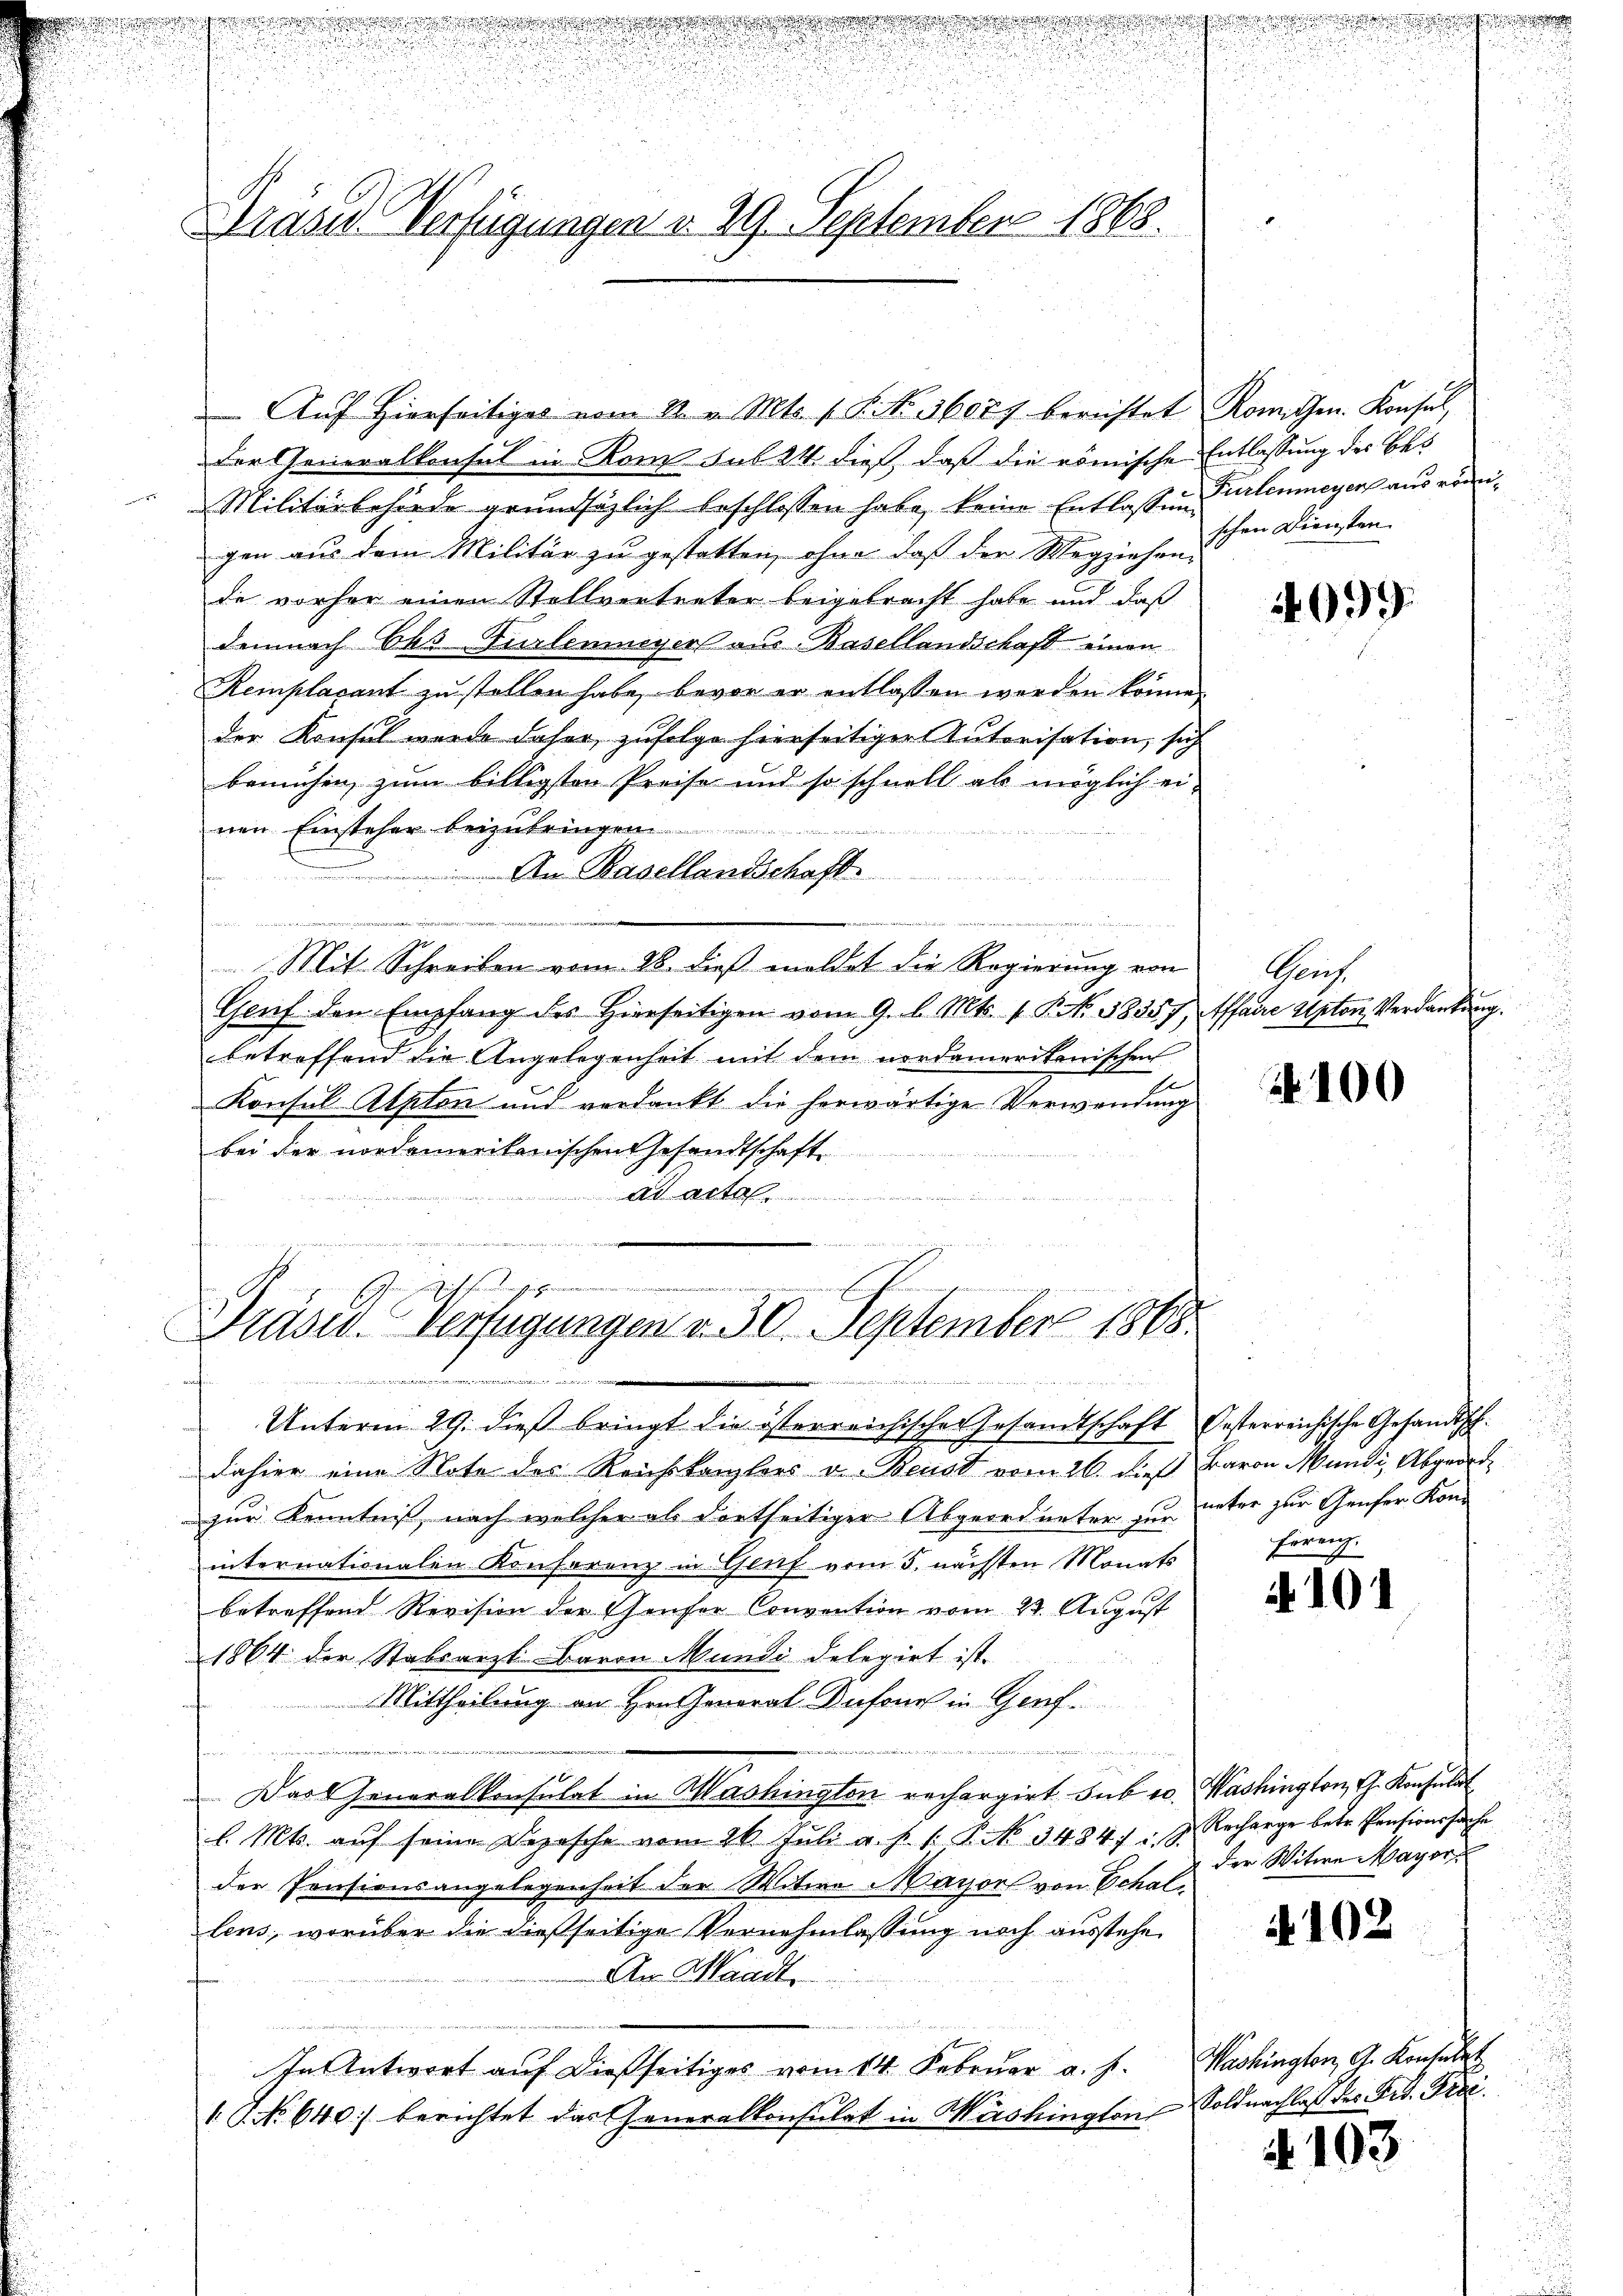
Kräses Verfügungen v. 29. September 1868.

Präsid. Verfügungen v. 30. September 1868.
.
. u.

Auf Hierseitiges vom 22. v. Mts. f. P. Nr. 356077 berichtet Romissen-Konsul,
der Generalkonsul in Rom sub 24 dieß, daß die römische Entlassung der Bes
Militärbehörde grundsätzlich beschlossen habe, keine Entlassen Turtenmeyer aus römigen aus dem Militär zu gestatten, ohne daß der Wegziehen-
de vorher einen Stellvertreter beigebracht habe und daß
demnach Ehs Furlenmeyers aus Basellandschaft einen
Remplacant zu stellen habe, bevor er entlassen worden könne.
der Konsul wurde daher, zufolge hierseitiger Autorisation, sich
bemühen, zum billigsten Preise und so schnell als möglich einen Einsteher beizubringen.
i
An Basellandschaft.
eedenen und ist und der
Mit Schreiben vom 28. dieß mildet die Regierung von
Genf den Empfang des hierseitigen vom 9. d. Mts. v. P. Nr. 38557, Affaire Apton, Verdankung.
betreffend die Angelegenheit mit dem nordameritanischen
Konsul-Alpton und verdankt die herwärtige Verwendung
bei der nordamerikanischen Gesandtschaft.
Ad Art
.
E

schen Diensten.

dahier eine Note des Reichskanzlers u. Beust vom 26. dieß Baron Mundi, Abgeord
zur Kenntniß, nach welcher als dortseitiger Abgeordneter zur unter zur Genfer Koninternationalen Konferenz in Genf vom 5. nächsten Monats
betreffend Revision der Genfer Convention vom 23. August
1864 der Stabsarzt Baron Mundi delegirt ist.
Mittheilung an Hrn. General Dufour in Genf.
u
Das Generalkonsulat in Washington rechargirt. sub co. Washington, G. Konsulat
l. Mts. aŭf seine Depesche vom 28. Jŭli a. h. s. S. 3484) u. s. Recharge betr. Pensionssache
der Pensionsangelegenheit der Witwe Mayors von Schal
lens, worüber die dießseitige Vernehmlassung noch ausstehe¬
An Waadt
In Antwort auf dießseitiges vom 14. Februar a. f.
I No 640 berichtet das Generalkonsulat in Washington Soldnachlaß des Frd. Frei¬

Unterm 29. dieß bringt die österreichischen Gesandtschaft Oesterreichische Gesandtsch.

1099.

Grus

4100

ferenz.

4101

der Witwe Mayor

4102

Washington G. Konsulat

4 103